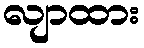
လျာထား